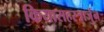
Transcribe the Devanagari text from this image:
कियासहस्त्रार्जुन